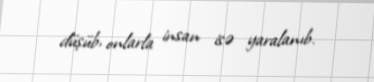
düşüb, onlarla insan isə yaralanıb.